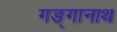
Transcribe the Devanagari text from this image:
गङ्गानाथ